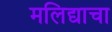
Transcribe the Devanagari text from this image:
मलिद्याचा